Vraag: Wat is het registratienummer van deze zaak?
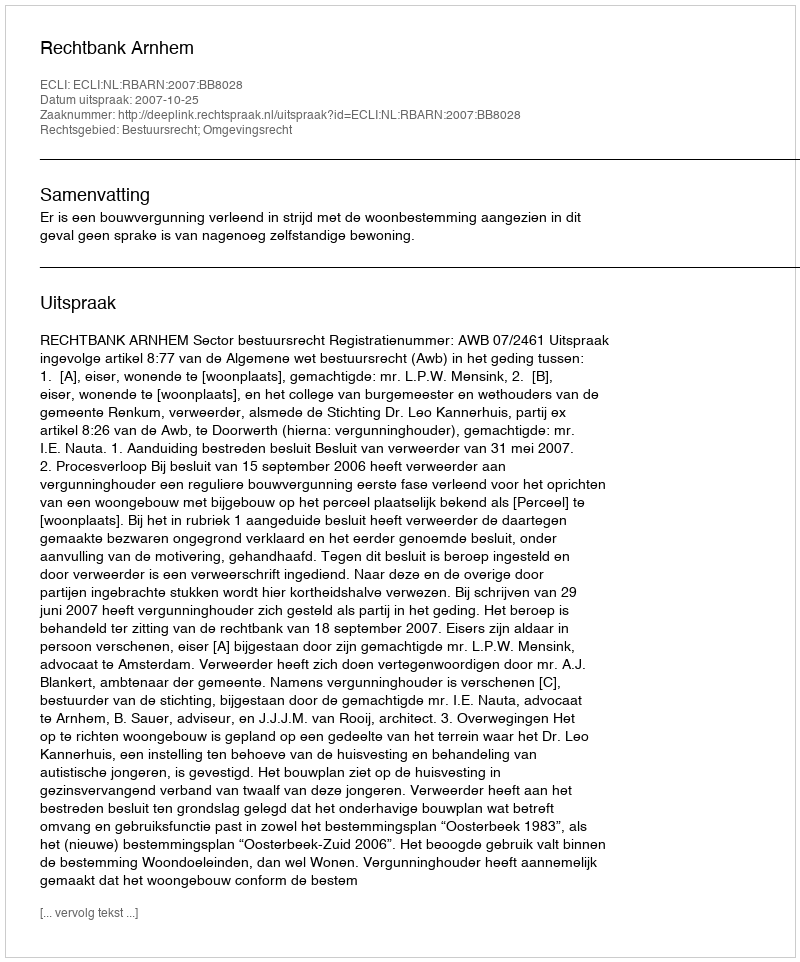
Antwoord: http://deeplink.rechtspraak.nl/uitspraak?id=ECLI:NL:RBARN:2007:BB8028